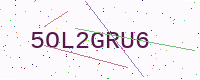
Text: 5OL2GRU6